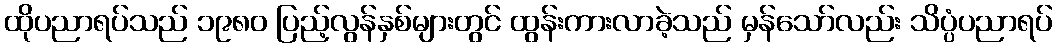
ထိုပညာရပ်သည် ၁၉၈၀ ပြည့်လွန်နှစ်များတွင် ထွန်းကားလာခဲ့သည် မှန်သော်လည်း သိပ္ပံပညာရပ်